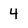
Character: 4